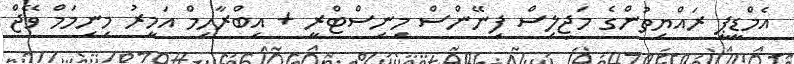
އެމްޑީޕީ ރައްޔިތުންގެ މަޖިލިސް ފިނޭންސް މިނިސްޓްރީ + އިބްރާހިމް އަމީރު މިނިމަމް ވޭޖް